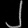
Digit: ၂